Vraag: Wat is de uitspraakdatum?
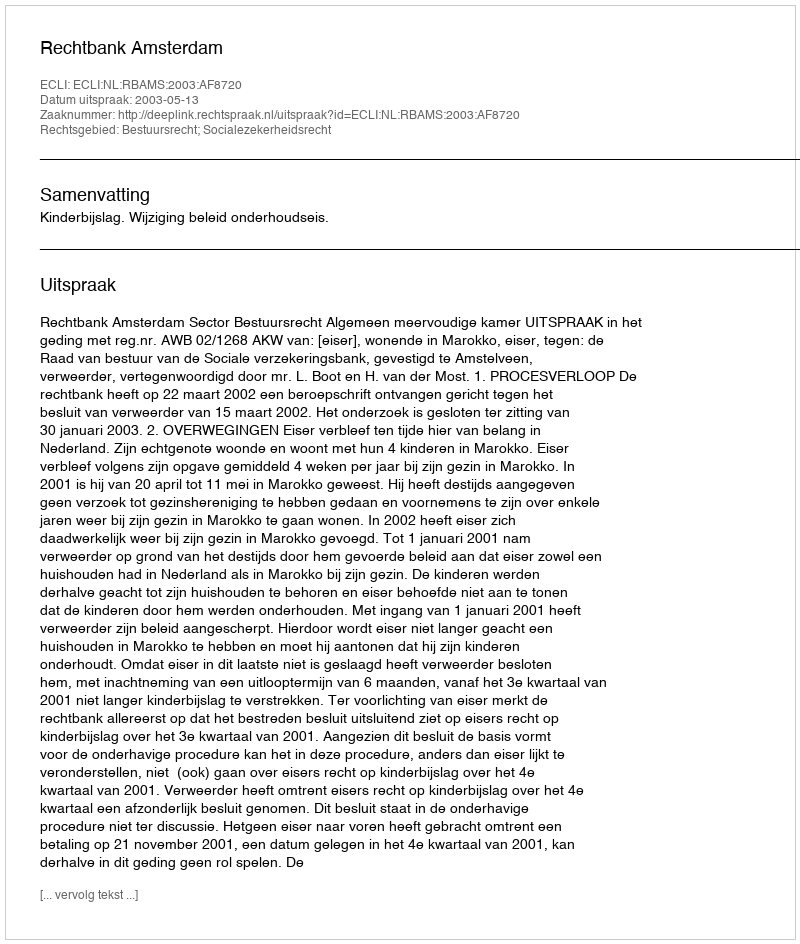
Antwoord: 2003-05-13